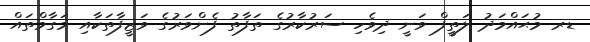
ޑރ މުޙައްމަދު ލަތީފް ވަނީ ދިވެހި ސަރުކާރުގެ ތަފާތު ފެންވަރުގެ ވަޒީފާތަކާއި މަގާމްތައް